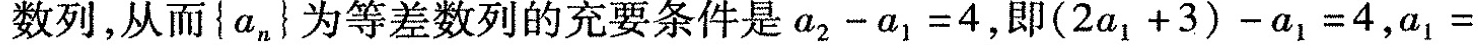
数列，从而{a_{n}}为等差数列的充要条件是$$a _ { 2 } - a _ { 1 } = 4$$，即$$( 2a _ { 1 } + 3 ) - a